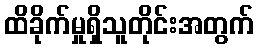
ထိခိုက်မှုရှိသူတိုင်းအတွက်